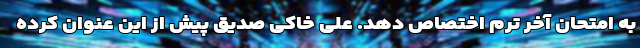
به امتحان آخر ترم اختصاص دهد. علی خاکی صدیق پیش از این عنوان کرده